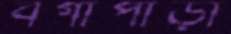
বগাপাড়া